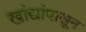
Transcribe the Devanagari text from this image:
खांद्यांपासून